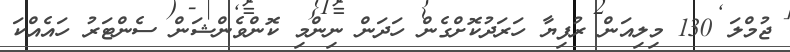
ޖުމްލަ 130 މިލިއަން ރުފިޔާ ހަރަދުކޮށްގެން ހަދަން ނިންމި ކޮންވެންޝަން ސެންޓަރު ހައެއްކަ